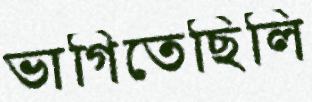
ভাগিতেছিলি